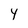
Character: Y